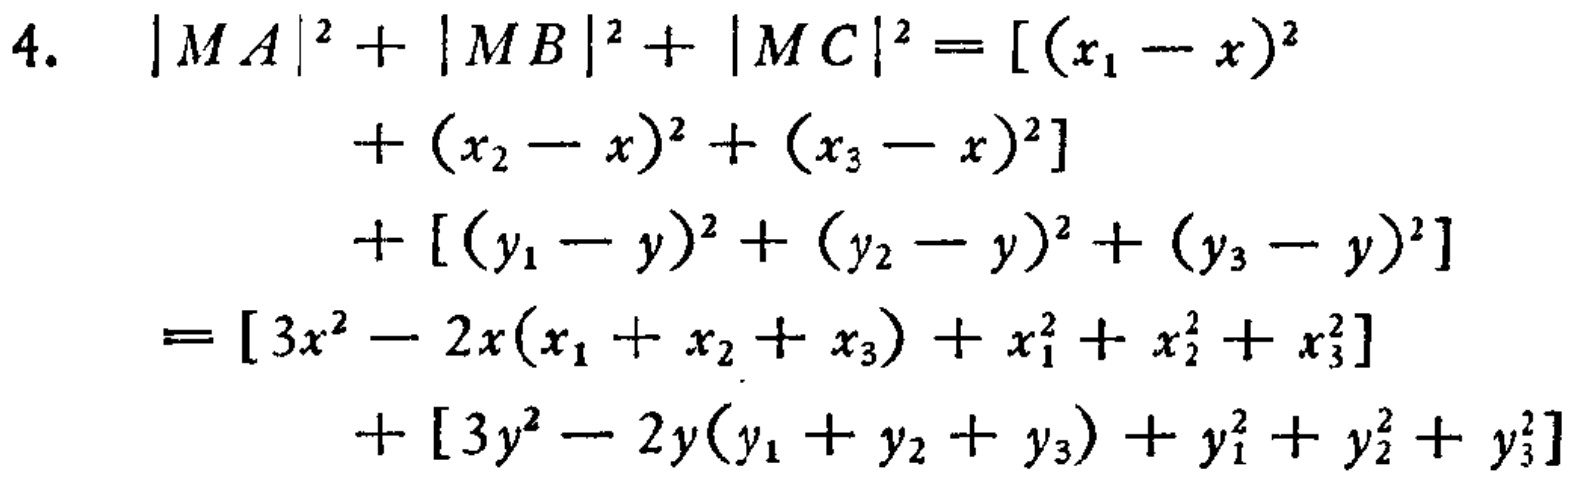
\begin{align*}
4.\quad |MA|^{2}+|MB|^{2}+|MC|^{2}&= [(x_{1}-x)^{2}\\
&+(x_{2}-x)^{2}+(x_{3}-x)^{2}]\\
&+[(y_{1}-y)^{2}+(y_{2}-y)^{2}+(y_{3}-y)^{2}]\\
&=[3x^{2}-2x(x_{1}+x_{2}+x_{3})+x_{1}^{2}+x_{2}^{2}+x_{3}^{2}]\\
&+[3y^{2}-2y(y_{1}+y_{2}+y_{3})+y_{1}^{2}+y_{2}^{2}+y_{3}^{2}]
\end{align*}